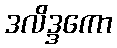
ဒလိဒ္ဒကော